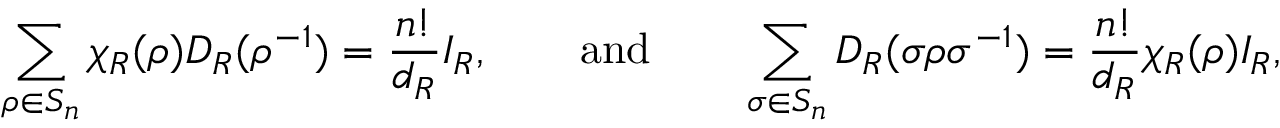
\sum _ { \rho \in S _ { n } } ^ { } \chi _ { R } ( \rho ) D _ { R } ( \rho ^ { - 1 } ) = \frac { n ! } { d _ { R } } I _ { R } , \qquad \mathrm { a n d } \qquad \sum _ { \sigma \in S _ { n } } ^ { } D _ { R } ( \sigma \rho \sigma ^ { - 1 } ) = \frac { n ! } { d _ { R } } \chi _ { R } ( \rho ) I _ { R } ,